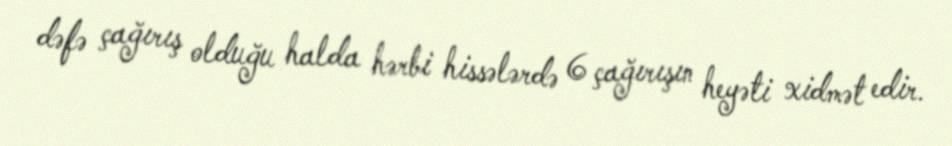
dəfə çağırış olduğu halda hərbi hissələrdə 6 çağırışın heyəti xidmət edir.